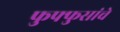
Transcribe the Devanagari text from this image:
फुफ्फुसांचे